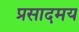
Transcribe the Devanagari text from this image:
प्रसादमय